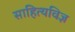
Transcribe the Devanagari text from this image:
साहित्यविज्ञ